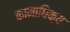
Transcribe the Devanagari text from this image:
कामाधिक्य